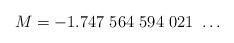
LaTeX: \begin{align*}M=-1.747 \ 564 \ 594 \ 021 \ \ldots \end{align*}